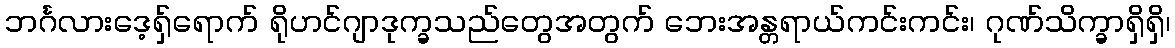
ဘင်္ဂလားဒေ့ရှ်ရောက် ရိုဟင်ဂျာဒုက္ခသည်တွေအတွက် ဘေးအန္တရာယ်ကင်းကင်း၊ ဂုဏ်သိက္ခာရှိရှိ၊